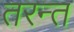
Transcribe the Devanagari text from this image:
तरन्त